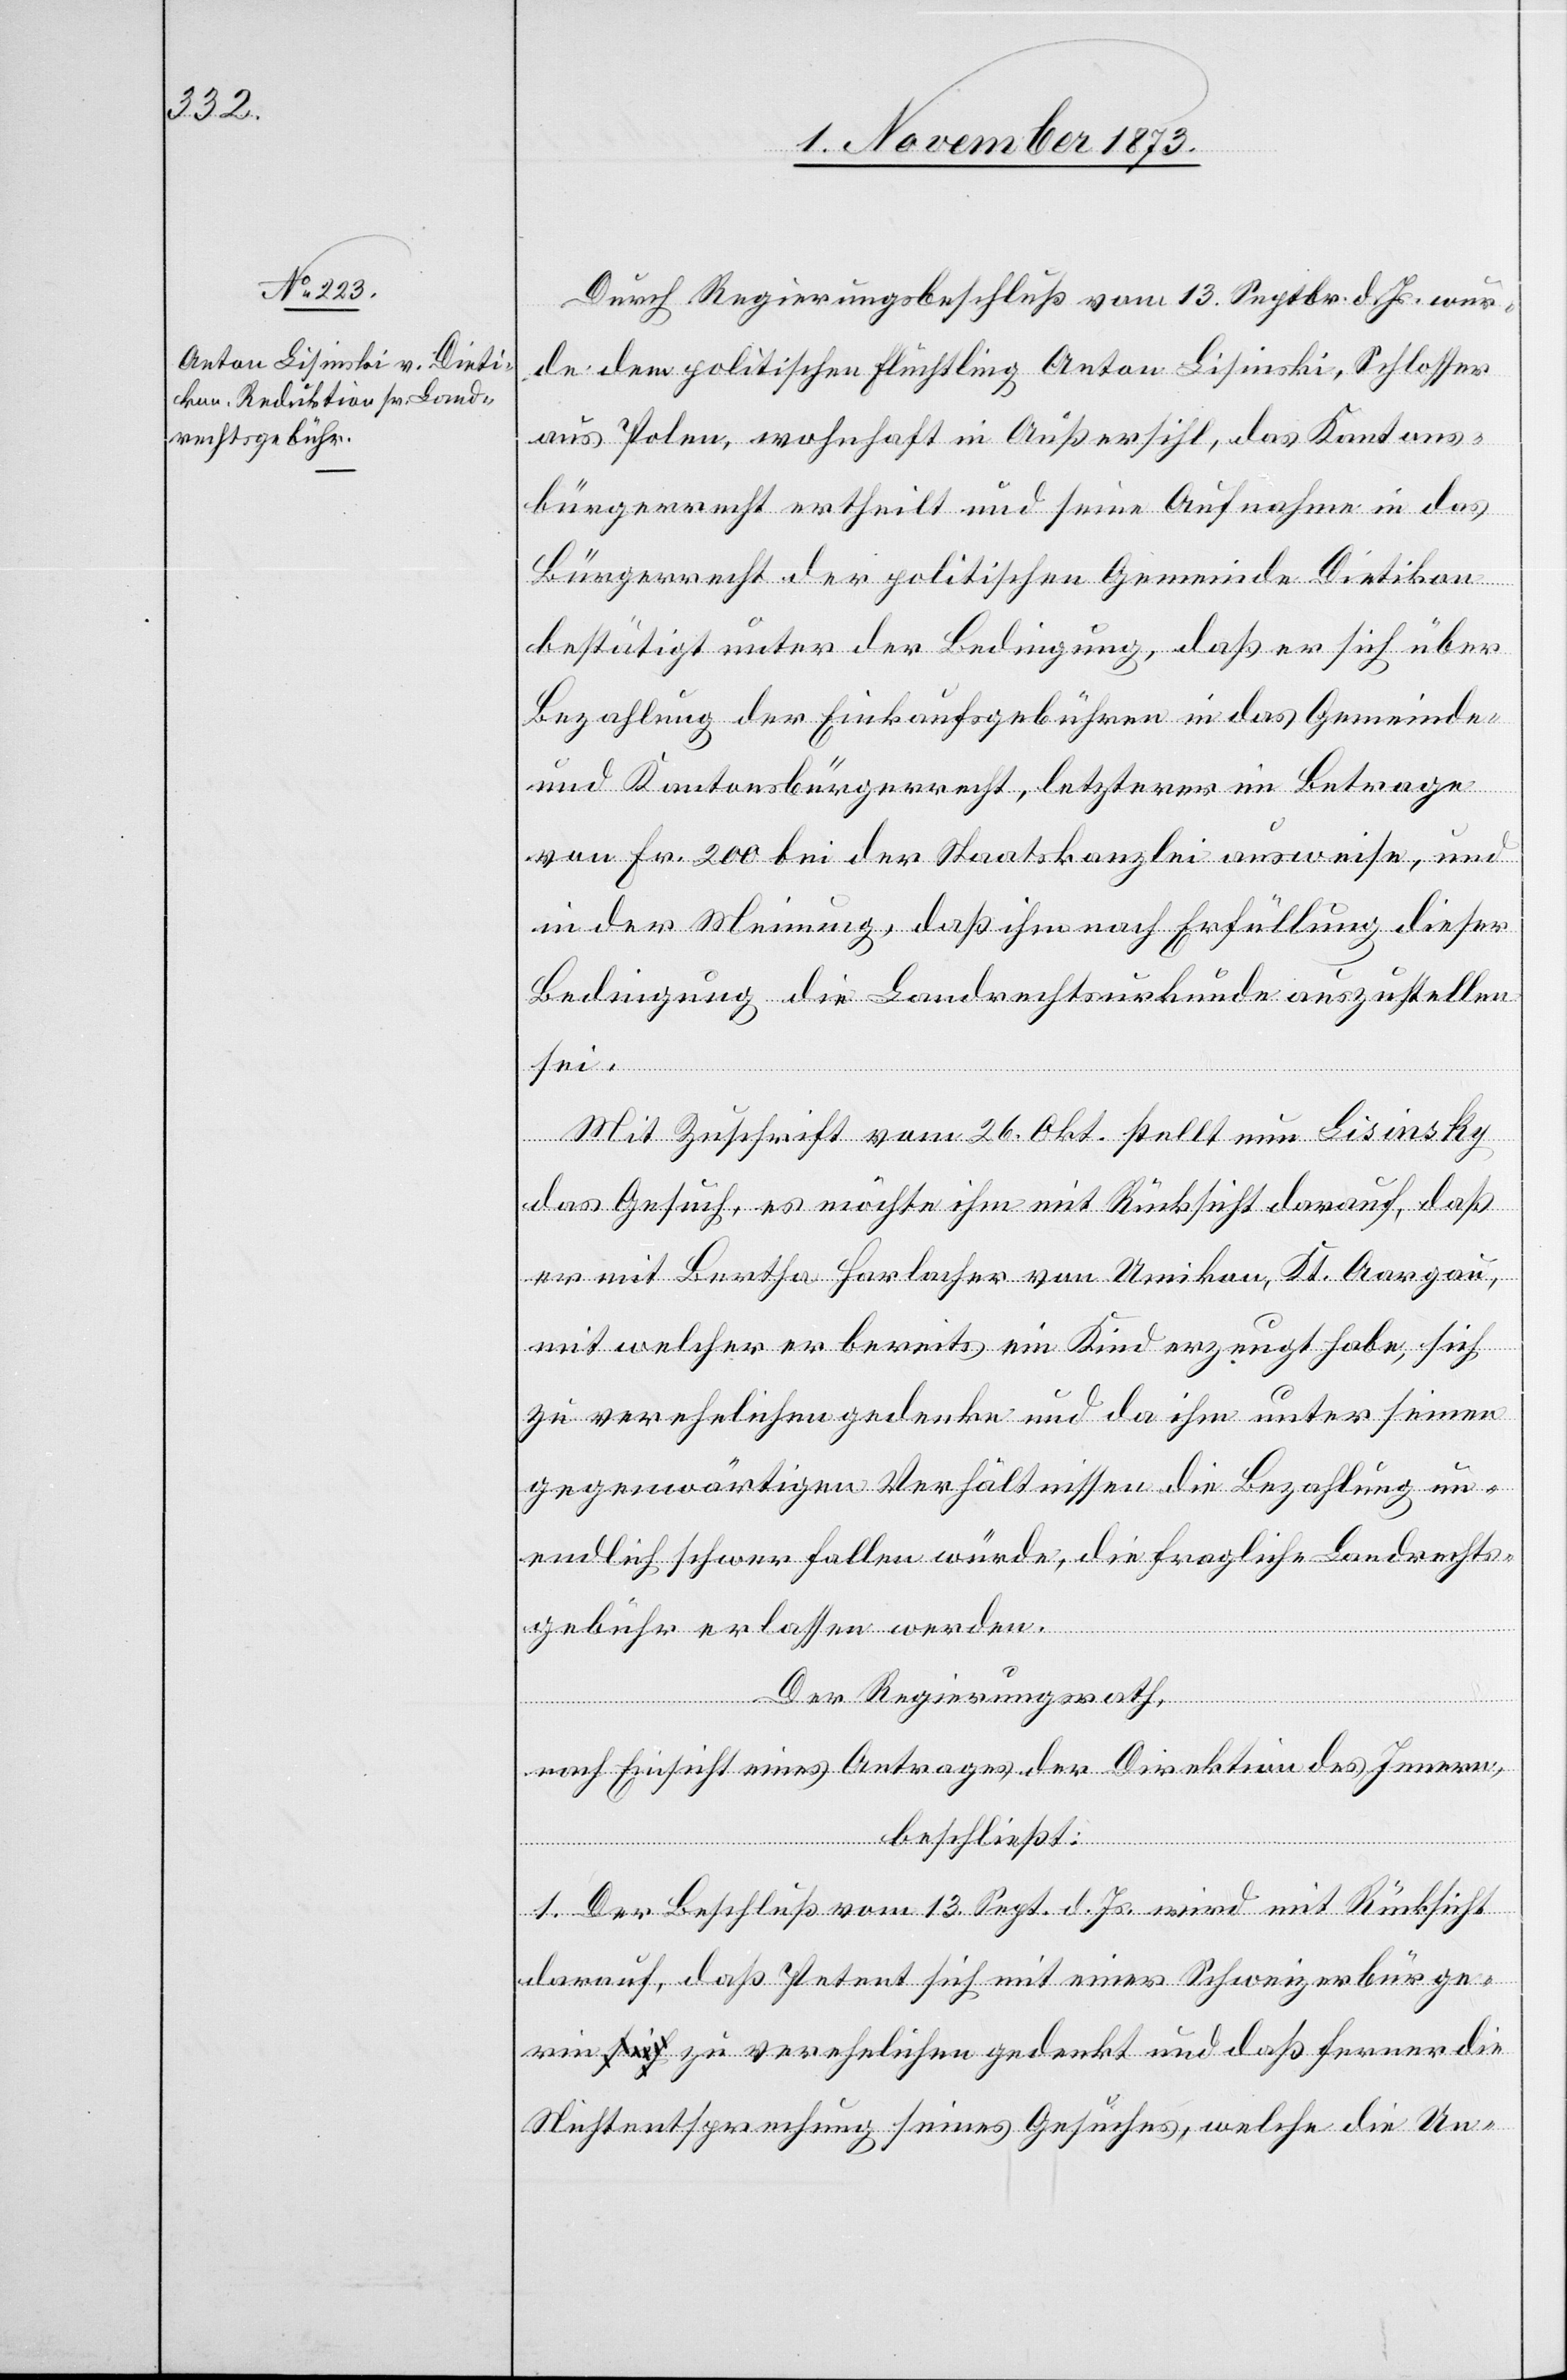
Durch Regierungsbeschluß vom 13. Septbr. d. Js. wur¬
de dem politischen Flüchtling Anton Lisinski, Schlosser
aus Polen, wohnhaft in Außersihl, das Kantons¬
bürgerrecht ertheilt und seine Aufnahme in das
Bürgerrecht der politischen Gemeinde Dietikon
bestätigt unter der Bedingung, daß er sich über
Bezahlung der Einkaufsgebühren in das Gemeinde-
und Kantonsbürgerrecht, letzterer im Betrage
von Fr. 200 bei der Staatskanzlei ausweise, und
in der Meinung, daß ihm nach Erfüllung dieser
Bedingung die Landrechtsurkunde auszustellen
sei.
Mit Zuschrift vom 26. Okt. stellt nun Lisinsky
das Gesuch, es möchte ihm mit Rücksicht darauf, daß
er mit Bertha Harlacher von Umikon, Kt. Aargau,
mit welcher er bereits ein Kind erzeugt habe, sich
zu verehelichen gedenke und da ihm unter seinen
gegenwärtigen Verhältnissen die Bezahlung un¬
endlich schwer fallen würde, die fragliche Landrechts¬
gebühr erlassen werden.
Der Regierungsrath,
nach Einsicht eines Antrages der Direktion des Innern,
beschließt:
1. Der Beschluß vom 13. Sept. d. Js. wird mit Rücksicht
darauf, daß Petent sich mit einer Schweizerbürge¬
rin zu verehelichen gedenkt und daß ferner die
Nichtentsprechung seines Gesuches, welche die Un-